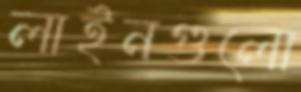
লাইনগুলো